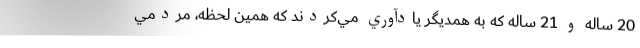
20 ساله و 21 ساله كه به همديگر يادآوري مي‌كردند كه همين لحظه، مردمي